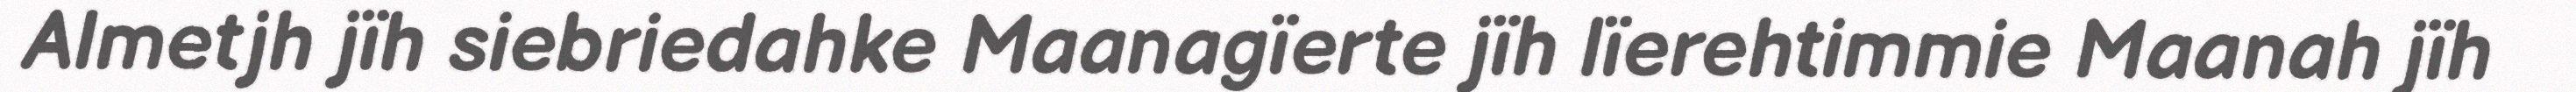
Almetjh jïh siebriedahke Maanagïerte jïh lïerehtimmie Maanah jïh